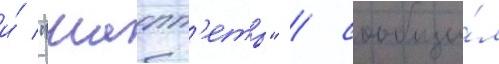
и́ "мапп'еты" / сообщи́л